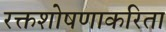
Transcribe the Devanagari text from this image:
रक्तशोषणाकरिता